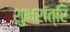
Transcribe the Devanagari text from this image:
शुभरात्रि